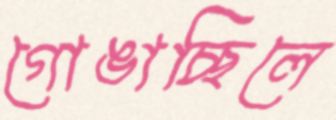
গোঙাচ্ছিলে